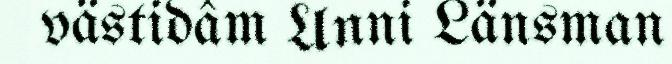
västidâm Unni Länsman